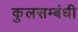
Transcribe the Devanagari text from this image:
कुलसम्बंधी